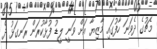
މެޗުގެ ދެވަނަ ހާފުގައި މާޒިޔާ އަށް ވަނީ ލީޑު ފުޅާކުރަން ރަނގަޅު ދެ